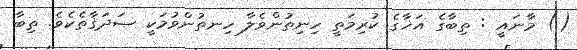
() މާނައީ : ތިބާގެ އަޚާގެ ކުރިމަތީ ހިނިތުންވެލާ ހިނތުންވުމަކީ ޞަދަޤާތެކެވެ. ތިބާ